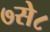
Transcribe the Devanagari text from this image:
७से८